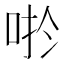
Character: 𱒬